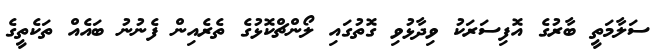
ސަލާމަތީ ބާރުގެ އޮފިސަރަކު ވިދާޅުވި ގޮތުގައި ލޯންޗްކޮޅުގެ ތެރެއިން ފެނުނު ބައެއް ތަކެތީގެ